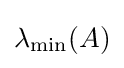
\lambda _{\text{min}}(A)